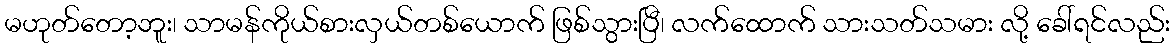
မဟုတ်တော့ဘူး၊ သာမန်ကိုယ်စားလှယ်တစ်ယောက် ဖြစ်သွားပြီ၊ လက်ထောက် သားသတ်သမား လို့ ခေါ်ရင်လည်း